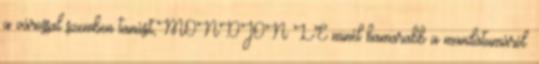
a várossal szemben tanúsít,MONDJON LE minél hamarabb a mandátumáról.